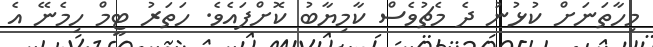
މިހާތަނަށް ކުޅުނު ދެ މެޗުވެސް ކާމިޔާބު ކޮށްފައެވެ. ހަތަރު ޓީމް ހިމެނޭ އެ